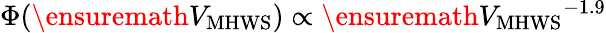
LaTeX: \Phi(\ensuremath{V_{\mathrm{MHWS}}})\propto\ensuremath{V_{\mathrm{MHWS}}}^{-1.9}